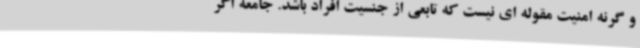
و گرنه امنیت مقوله ای نیست که تابعی از جنسیت افراد باشد. جامعه اگر